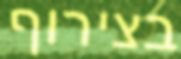
בצירוף